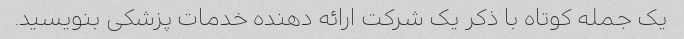
یک جمله کوتاه با ذکر یک شرکت ارائه دهنده خدمات پزشکی بنویسید.